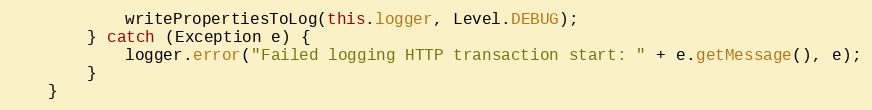
Language: Java
            writePropertiesToLog(this.logger, Level.DEBUG);
        } catch (Exception e) {
            logger.error("Failed logging HTTP transaction start: " + e.getMessage(), e);
        }
    }